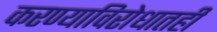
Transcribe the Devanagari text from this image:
करण्याविरोधातही